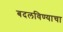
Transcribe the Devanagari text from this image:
बदलविण्याचा